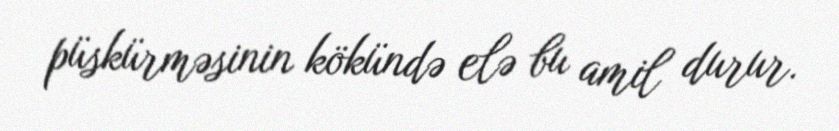
püskürməsinin kökündə elə bu amil durur.